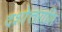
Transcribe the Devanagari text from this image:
दशोत्तराणि